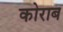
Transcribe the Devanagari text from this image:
कोराब